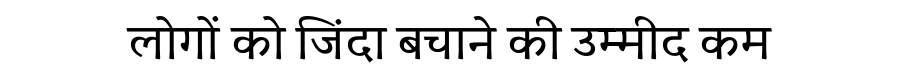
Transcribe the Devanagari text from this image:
लोगों को जिंदा बचाने की उम्मीद कम